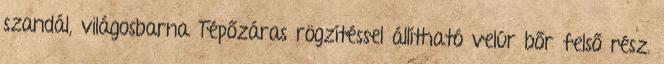
szandál, világosbarna Tépőzáras rögzítéssel állítható velúr bőr felső rész.